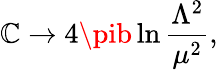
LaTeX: \mathbb{C}\rightarrow4\pib\ln\frac{{\Lambda^{2}}}{{\mu^{2}}},